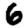
Digit: 6